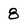
Character: 8